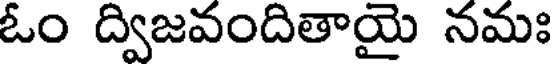
ఓం ద్విజవందితాయై నమః